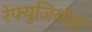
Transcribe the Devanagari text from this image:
रेफ्युजियोस